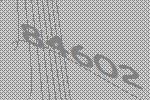
84602